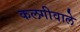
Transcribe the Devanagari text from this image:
कलगीवाले